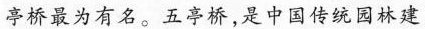
亭桥最为有名。五亭桥，是中国传统园林建